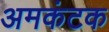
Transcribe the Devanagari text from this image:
अमकंटक